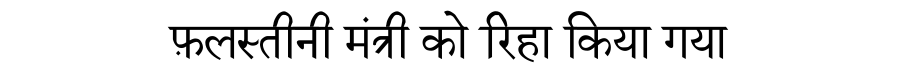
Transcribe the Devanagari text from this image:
फ़लस्तीनी मंत्री को रिहा किया गया